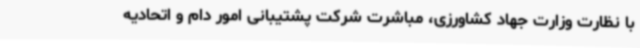
با نظارت وزارت جهاد کشاورزی، مباشرت شرکت پشتیبانی امور دام و اتحادیه